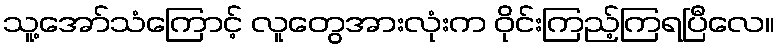
သူ့အော်သံကြောင့် လူတွေအားလုံးက ဝိုင်းကြည့်ကြရပြီလေ။